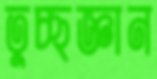
তুচ্ছজ্ঞান